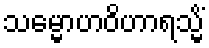
သမ္မောဟဝိဟာရသ္မိံ